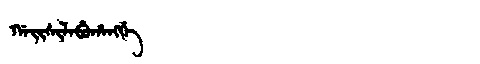
Manchu: ᡤᠠᡳᠰᡳᠯᠠᠪᡠᡥᠠᠩᡤᡝ
Romanization: GAISILABUHANGGE